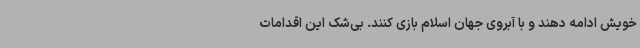
خویش ادامه دهند و با آبروی جهان اسلام بازی کنند. بی‌شک این اقدامات